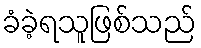
ခံခဲ့ရသူဖြစ်သည်